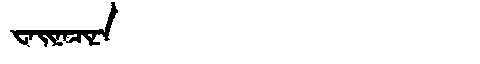
Manchu: ᠸᠠᡳᠨᠠᠴᡳᠨᠠ
Romanization: WAINACINA